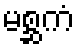
မစ္ဆကံ